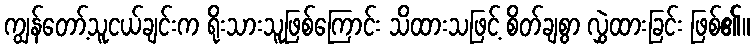
ကျွန်တော့်သူငယ်ချင်းက ရိုးသားသူဖြစ်ကြောင်း သိထားသဖြင့် စိတ်ချစွာ လွှဲထားခြင်း ဖြစ်၏။